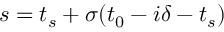
s = t _ { s } + \sigma ( t _ { 0 } - i \delta - t _ { s } )